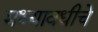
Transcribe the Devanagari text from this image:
मध्यावधीचे